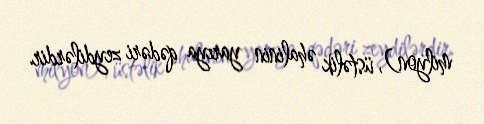
milyon), üstəlik əhalinin yarıya qədəri zeydilərdir.